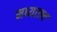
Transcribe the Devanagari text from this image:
मध्यत्ल्य